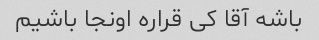
باشه آقا کی قراره اونجا باشیم